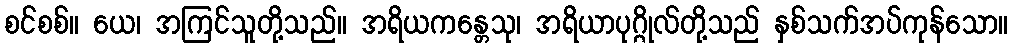
စင်စစ်။ ယေ၊ အကြင်သူတို့သည်။ အရိယကန္တေသု၊ အရိယာပုဂ္ဂိုလ်တို့သည် နှစ်သက်အပ်ကုန်သော။